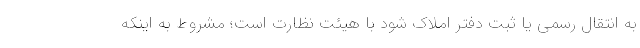
به انتقال رسمی یا ثبت دفتر املاک شود با هیئت نظارت است؛ مشروط به اینکه